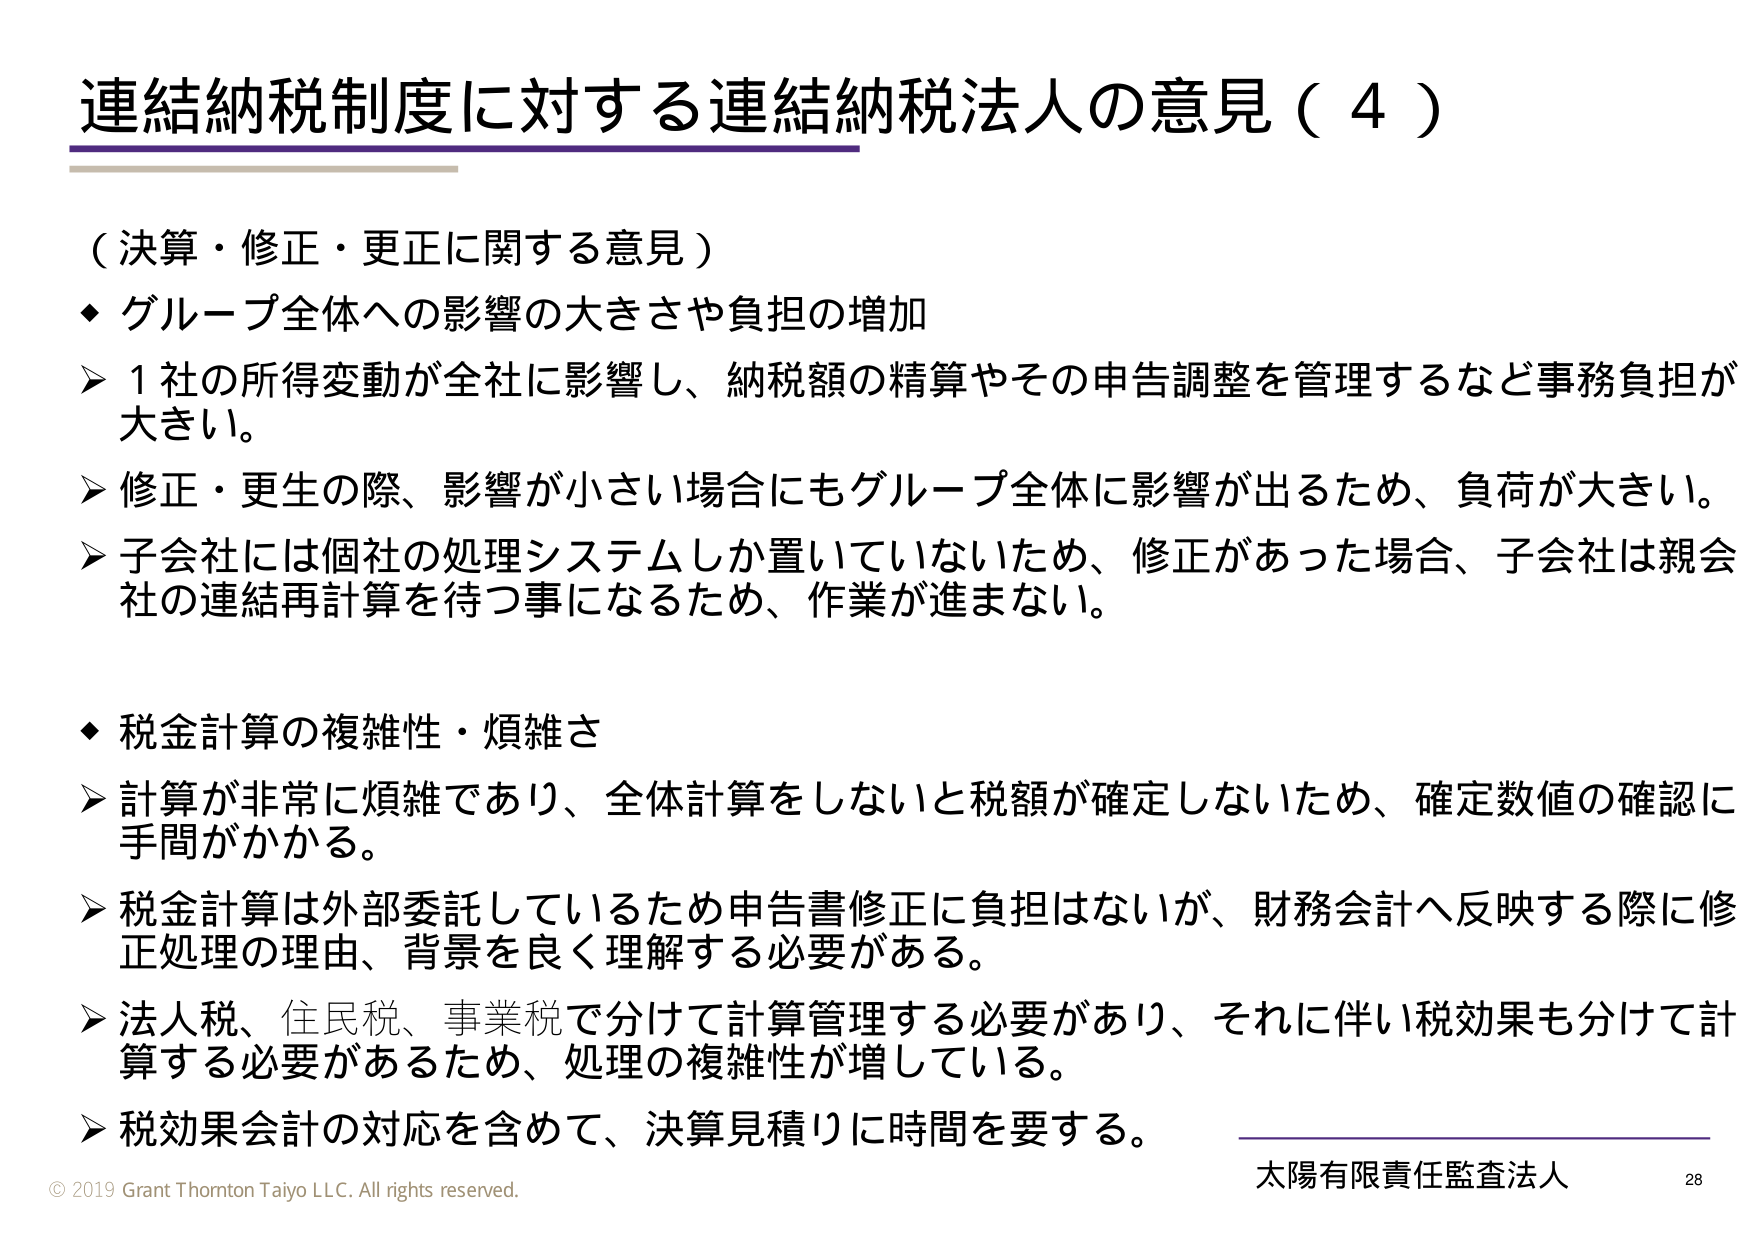
連結納税制度に対する連結納税法人の意見（４）

（決算・修正・更正に関する意見）

◆ グループ全体への影響の大きさや負担の増加
➤ 1社の所得変動が全社に影響し、納税額の精算やその申告調整を管理するなど事務負担が大きい。
➤ 修正・更生の際、影響が小さい場合にもグループ全体に影響が出るため、負荷が大きい。
➤ 子会社には個社の処理システムしか置いていないため、修正があった場合、子会社は親会社の連結再計算を待つ事になるため、作業が進まない。

◆ 税金計算の複雑性・煩雑さ
➤ 計算が非常に煩雑であり、全体計算をしないと税額が確定しないため、確定数値の確認に手間がかかる。
➤ 税金計算は外部委託しているため申告書修正に負担はないが、財務会計へ反映する際に修正処理の理由、背景を良く理解する必要がある。
➤ 法人税、住民税、事業税で分けて計算管理する必要があり、それに伴い税効果も分けて計算する必要があるため、処理の複雑性が増している。
➤ 税効果会計の対応を含めて、決算見積りに時間を要する。

© 2019 Grant Thornton Taiyo LLC. All rights reserved.
太陽有限責任監査法人 28